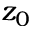
z _ { 0 }